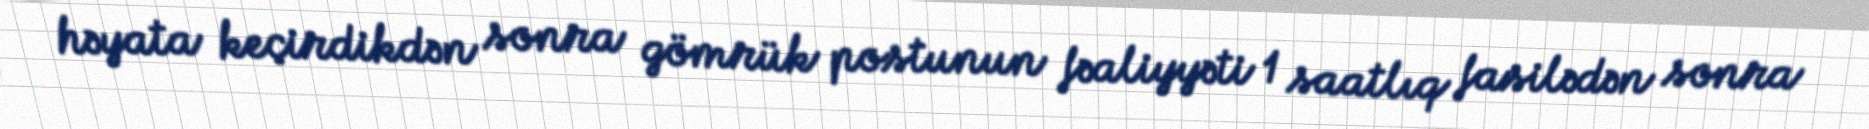
həyata keçirdikdən sonra gömrük postunun fəaliyyəti 1 saatlıq fasilədən sonra